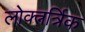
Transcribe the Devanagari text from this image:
लोक्त्नर्त्रिक